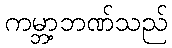
ကမ္ဘာ့ဘဏ်သည်